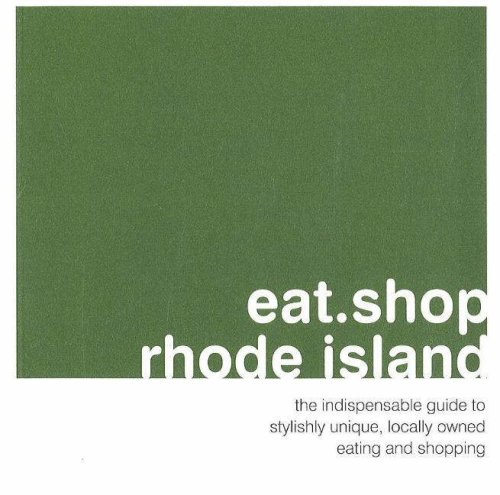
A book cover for eat.shop rhode island: The Indispensible Guide to Stylishly Unique, Locally Owned Eating and Shopping (eat.shop guides); Jan Faust; Travel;